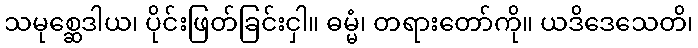
သမုစ္ဆေဒါယ၊ ပိုင်းဖြတ်ခြင်းငှါ။ ဓမ္မံ၊ တရားတော်ကို။ ယဒိဒေသေတိ၊